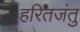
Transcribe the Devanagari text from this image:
हरितजंतु